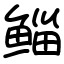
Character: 鲻